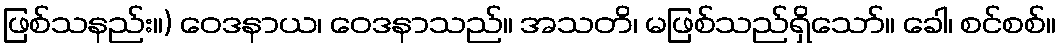
ဖြစ်သနည်း။) ဝေဒနာယ၊ ဝေဒနာသည်။ အသတိ၊ မဖြစ်သည်ရှိသော်။ ခေါ၊ စင်စစ်။